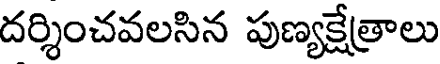
దర్శించవలసిన పుణ్యక్షేత్రాలు